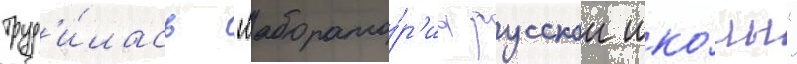
труд'и́лась "лаборато́р'иа русскои шко́лы"